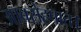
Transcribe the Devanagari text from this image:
आवरोहपात।